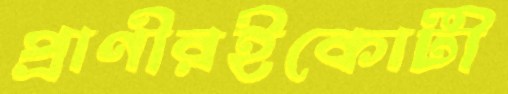
প্রাণীরইকোটী